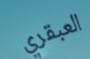
العبقري